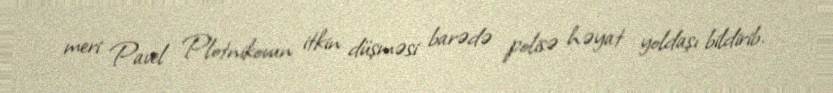
meri Pavel Plotnikovun itkin düşməsi barədə polisə həyat yoldaşı bildirib.